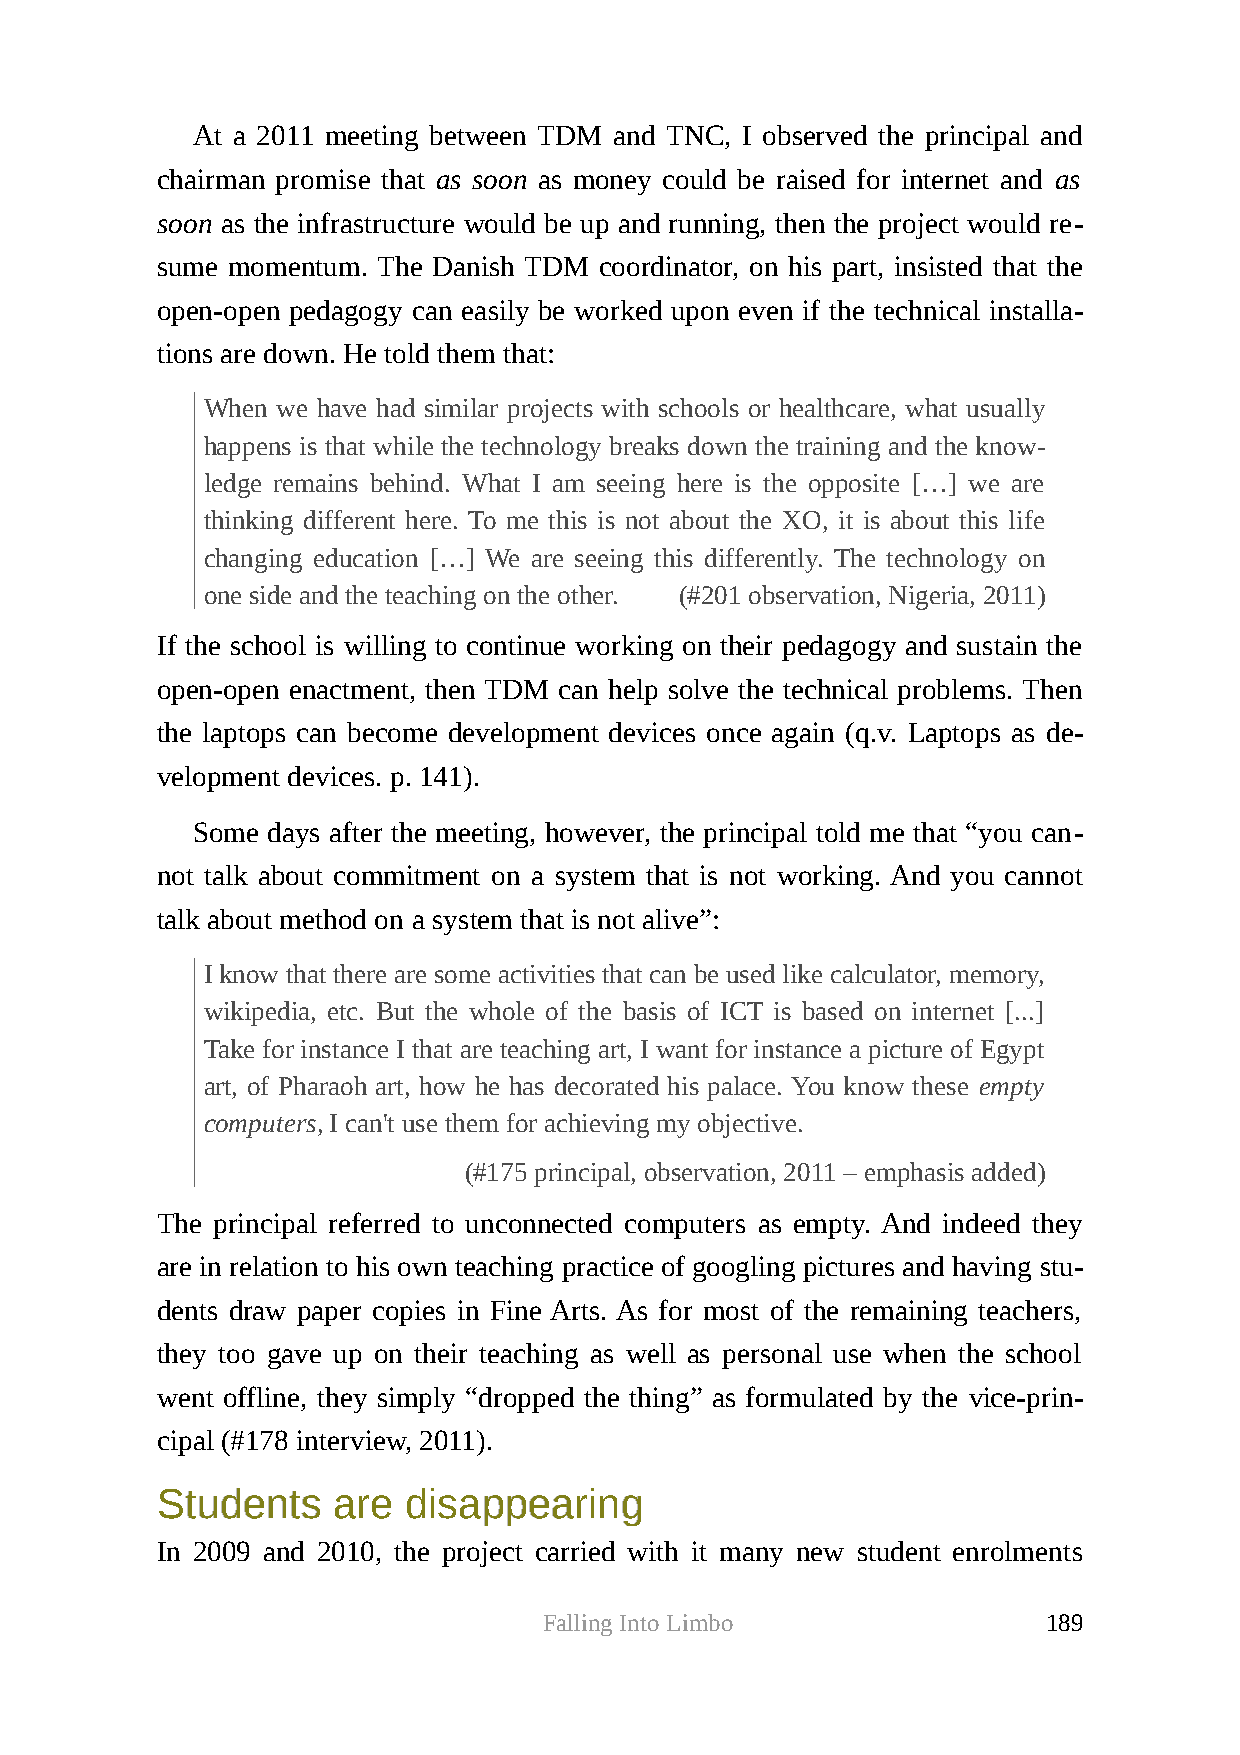
At a 2011 meeting between TDM and TNC, I observed the principal and
 chairman promise that as soon as money could be raised for internet and as
 soon as the infrastructure would be up and running, then the project would re-
 sume momentum. The Danish TDM coordinator, on his part, insisted that the
 open-open pedagogy can easily be worked upon even if the technical installa-
 tions are down. He told them that:
 When we have had similar projects with schools or healthcare, what usually
 happens is that while the technology breaks down the training and the know-
 ledge remains behind. What I am seeing here is the opposite […] we are
 thinking different here. To me this is not about the XO, it is about this life
 changing education […] We are seeing this differently. The technology on
 one side and the teaching on the other. (#201 observation, Nigeria, 2011)
 If the school is willing to continue working on their pedagogy and sustain the
 open-open enactment, then TDM can help solve the technical problems. Then
 the laptops can become development devices once again (q.v. Laptops as de-
 velopment devices. p. 141).
 Some days after the meeting, however, the principal told me that “you can-
 not talk about commitment on a system that is not working. And you cannot
 talk about method on a system that is not alive”:
 I know that there are some activities that can be used like calculator, memory,
 wikipedia, etc. But the whole of the basis of ICT is based on internet [...]
 Take for instance I that are teaching art, I want for instance a picture of Egypt
 art, of Pharaoh art, how he has decorated his palace. You know these empty
 computers, I can't use them for achieving my objective.
 (#175 principal, observation, 2011 – emphasis added)
 The principal referred to unconnected computers as empty. And indeed they
 are in relation to his own teaching practice of googling pictures and having stu-
 dents draw paper copies in Fine Arts. As for most of the remaining teachers,
 they too gave up on their teaching as well as personal use when the school
 went offline, they simply “dropped the thing” as formulated by the vice-prin-
 cipal (#178 interview, 2011).
 SSttuuddeennttss aarree ddiissaappppeeaarriinngg
 In 2009 and 2010, the project carried with it many new student enrolments
 Falling Into Limbo               189